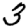
Digit: 3